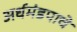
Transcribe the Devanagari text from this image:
अर्धमंडपाचे